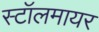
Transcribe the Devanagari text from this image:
स्टॉलमायर